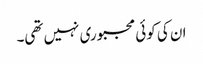
ان کی کوئی مجبوری نہیں تھی۔